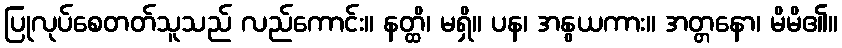
ပြုလုပ်စေတတ်သူသည် လည်ကောင်း။ နတ္ထိ၊ မရှိ။ ပန၊ အနွယကား။ အတ္တနော၊ မိမိ၏။